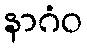
နာဂံဝ